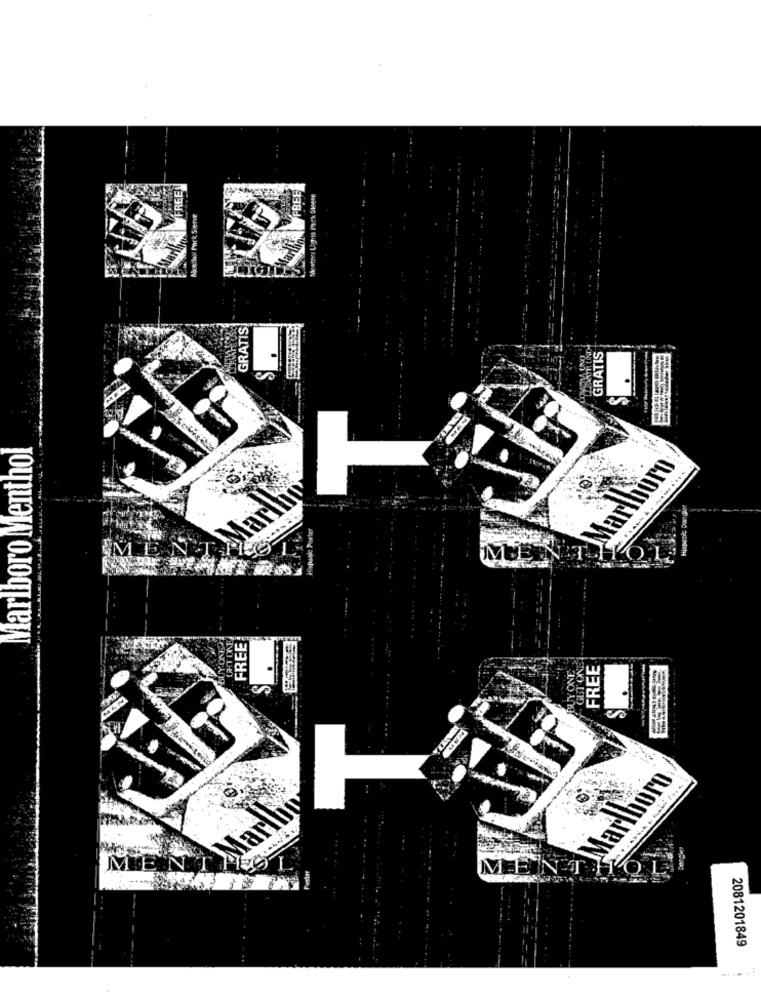
FREE
FREE
Seatpey Lights Pack Skew
Morechol Prick Senve
GRATIS
GRATIS
MEN
Marlboro Menthol
Marlboro
Hispanic Dinge
Hispanic Porter
MENS Marli
ONE
FREE
BUY ONE
GET ONE
FREE
Marlboro
Marlh
M
enthier
MENT.
2081201849